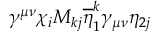
\gamma ^ { \mu \nu } \chi _ { i } M _ { k j } \overline { { { \eta } } } _ { 1 } ^ { k } \gamma _ { \mu \nu } \eta _ { 2 j }